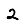
Digit: 2